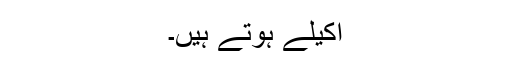
اکیلے ہوتے ہیں۔